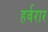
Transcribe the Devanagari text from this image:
हर्वरार